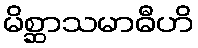
မိစ္ဆာသမာဓီဟိ